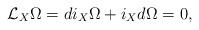
LaTeX: \begin{align*}\mathcal L_X\Omega=d i_X\Omega+i_X d\Omega=0,\end{align*}